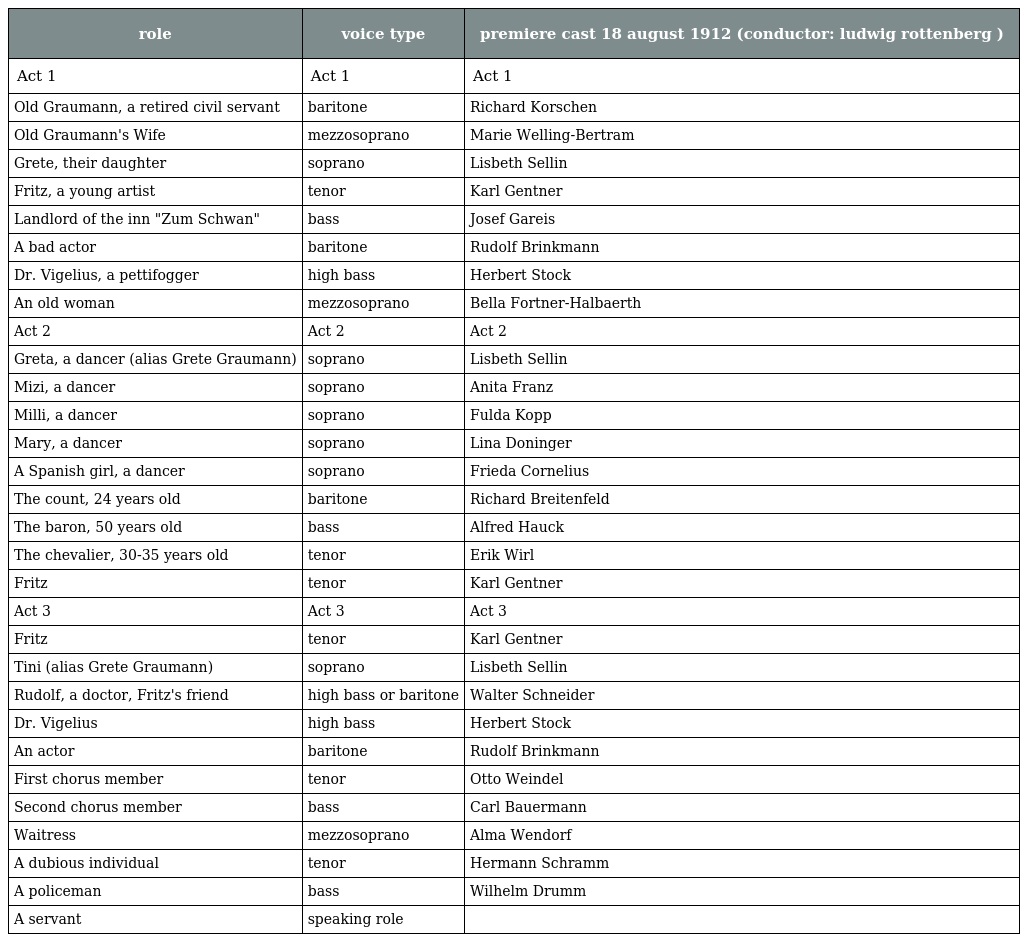
| role | voice type | premiere cast 18 august 1912 (conductor: ludwig rottenberg ) |
 | --- | --- | --- |
 | Act 1 | Act 1 | Act 1 |
 | Old Graumann, a retired civil servant | baritone | Richard Korschen |
 | Old Graumann's Wife | mezzosoprano | Marie Welling-Bertram |
 | Grete, their daughter | soprano | Lisbeth Sellin |
 | Fritz, a young artist | tenor | Karl Gentner |
 | Landlord of the inn "Zum Schwan" | bass | Josef Gareis |
 | A bad actor | baritone | Rudolf Brinkmann |
 | Dr. Vigelius, a pettifogger | high bass | Herbert Stock |
 | An old woman | mezzosoprano | Bella Fortner-Halbaerth |
 | Act 2 | Act 2 | Act 2 |
 | Greta, a dancer (alias Grete Graumann) | soprano | Lisbeth Sellin |
 | Mizi, a dancer | soprano | Anita Franz |
 | Milli, a dancer | soprano | Fulda Kopp |
 | Mary, a dancer | soprano | Lina Doninger |
 | A Spanish girl, a dancer | soprano | Frieda Cornelius |
 | The count, 24 years old | baritone | Richard Breitenfeld |
 | The baron, 50 years old | bass | Alfred Hauck |
 | The chevalier, 30-35 years old | tenor | Erik Wirl |
 | Fritz | tenor | Karl Gentner |
 | Act 3 | Act 3 | Act 3 |
 | Fritz | tenor | Karl Gentner |
 | Tini (alias Grete Graumann) | soprano | Lisbeth Sellin |
 | Rudolf, a doctor, Fritz's friend | high bass or baritone | Walter Schneider |
 | Dr. Vigelius | high bass | Herbert Stock |
 | An actor | baritone | Rudolf Brinkmann |
 | First chorus member | tenor | Otto Weindel |
 | Second chorus member | bass | Carl Bauermann |
 | Waitress | mezzosoprano | Alma Wendorf |
 | A dubious individual | tenor | Hermann Schramm |
 | A policeman | bass | Wilhelm Drumm |
 | A servant | speaking role |  |